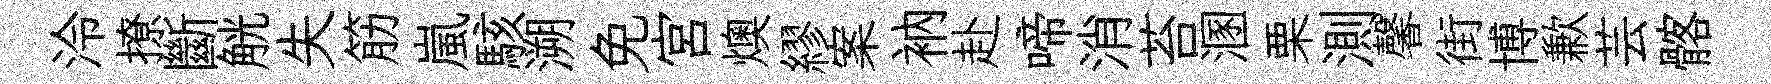
泠撩斷觥失筋嵐駭溯免宮燠繆案衲赴啼消苔溷栗測馨街博歉芸髂